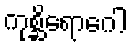
ကုစ္ဆိရောဂေါ